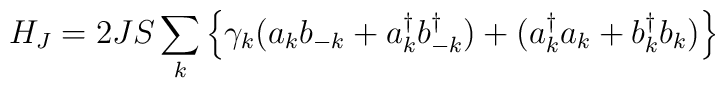
H_{J}=2JS\sum_{k}\left\{\gamma_{k}(a_{k}b_{-k}+a_{k}^{\dagger}b_{-k}^{\dagger})+(a_{k}^{\dagger}a_{k}+b_{k}^{\dagger}b_{k})\right\}